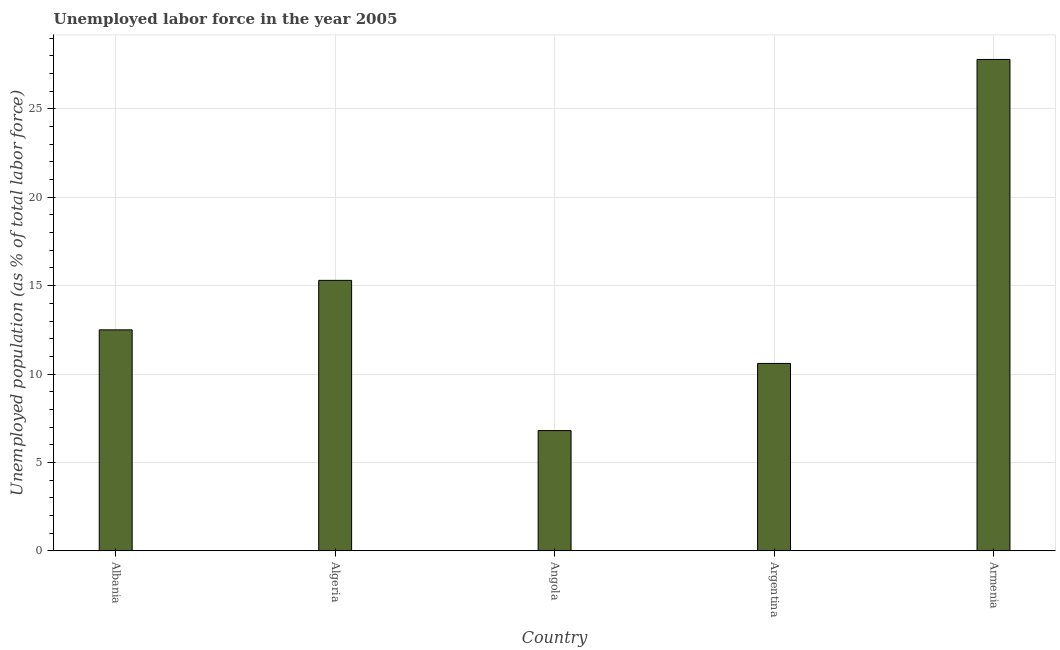
| Country | Unemployment |
 | --- | --- |
 | Albania | 12.5 |
 | Algeria | 15.3 |
 | Angola | 6.8 |
 | Argentina | 10.6 |
 | Armenia | 27.8 |